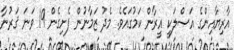
އާރިޔާއިންގެ އަޞްލަކީ އީރާން ކަމުގައެވެ. މެދު ޒަމާނުން ފެށިގެން 19 ވަނަ ޤަރުނާ